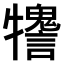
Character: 𤜋